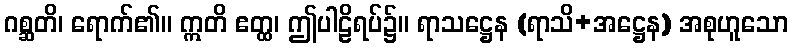
ဂစ္ဆတိ၊ ရောက်၏။ ဣတိ ဧတ္ထ၊ ဤပါဠိရပ်၌။ ရာသဋ္ဌေန (ရာသိ+အဋ္ဌေန) အစုဟူသော